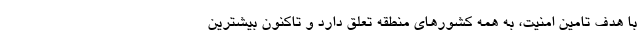
با هدف تامین امنیت، به همه کشورهای منطقه تعلق دارد و تاکنون بیشترین